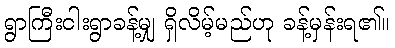
ရွာကြီးငါးရွာခန့်မျှ ရှိလိမ့်မည်ဟု ခန့်မှန်းရ၏။